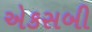
એકસબી